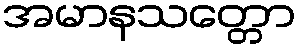
အမာနသတ္တော